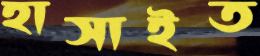
হাসাইত